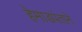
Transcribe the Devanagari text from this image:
हेमाडपंताने